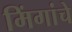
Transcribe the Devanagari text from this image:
मिंगांचे